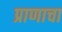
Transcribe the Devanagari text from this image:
प्राणाचा